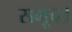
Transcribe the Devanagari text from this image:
समूच।